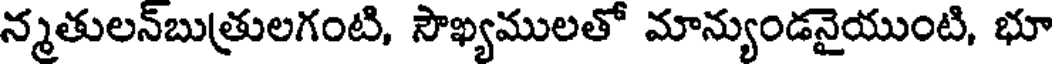
న్మతులన్బుత్రులగంటి, సౌఖ్యములతో మాన్యుండనైయుంటి, భూ